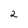
Character: 2